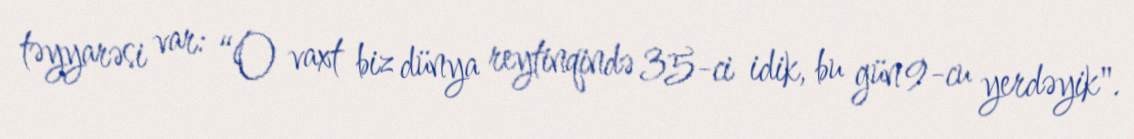
təyyarəsi var: “O vaxt biz dünya reytinqində 35-ci idik, bu gün 9-cu yerdəyik".